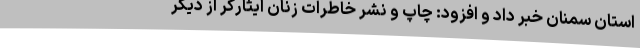
استان سمنان خبر داد و افزود: چاپ و نشر خاطرات زنان ایثارگر از دیگر